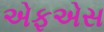
એફએસ